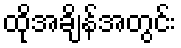
ထိုအချိန်အတွင်း